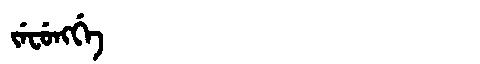
Manchu: ᠵᡝᠸᡠᠩᡤᡝ
Romanization: JEFUNGGE